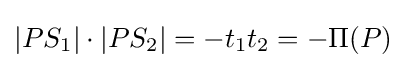
|PS_{1}|\cdot |PS_{2}|=-t_{1}t_{2}=-\Pi (P)\